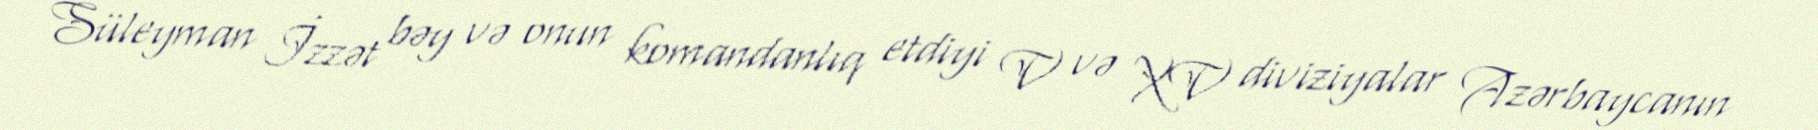
Süleyman İzzət bəy və onun komandanlıq etdiyi V və XV diviziyalar Azərbaycanın